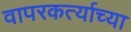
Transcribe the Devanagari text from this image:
वापरकर्त्याच्या